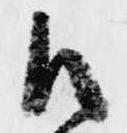
御